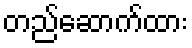
တည်ဆောက်ထား